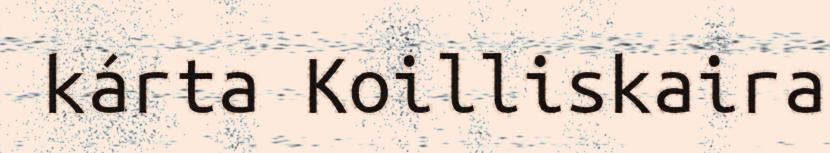
kárta Koilliskaira